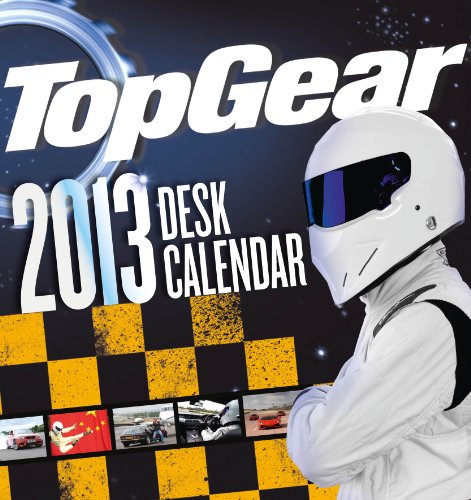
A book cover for Official Top Gear Desk Easel 2013 Calendar; Calendars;